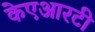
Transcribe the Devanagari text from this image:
केएआरटी